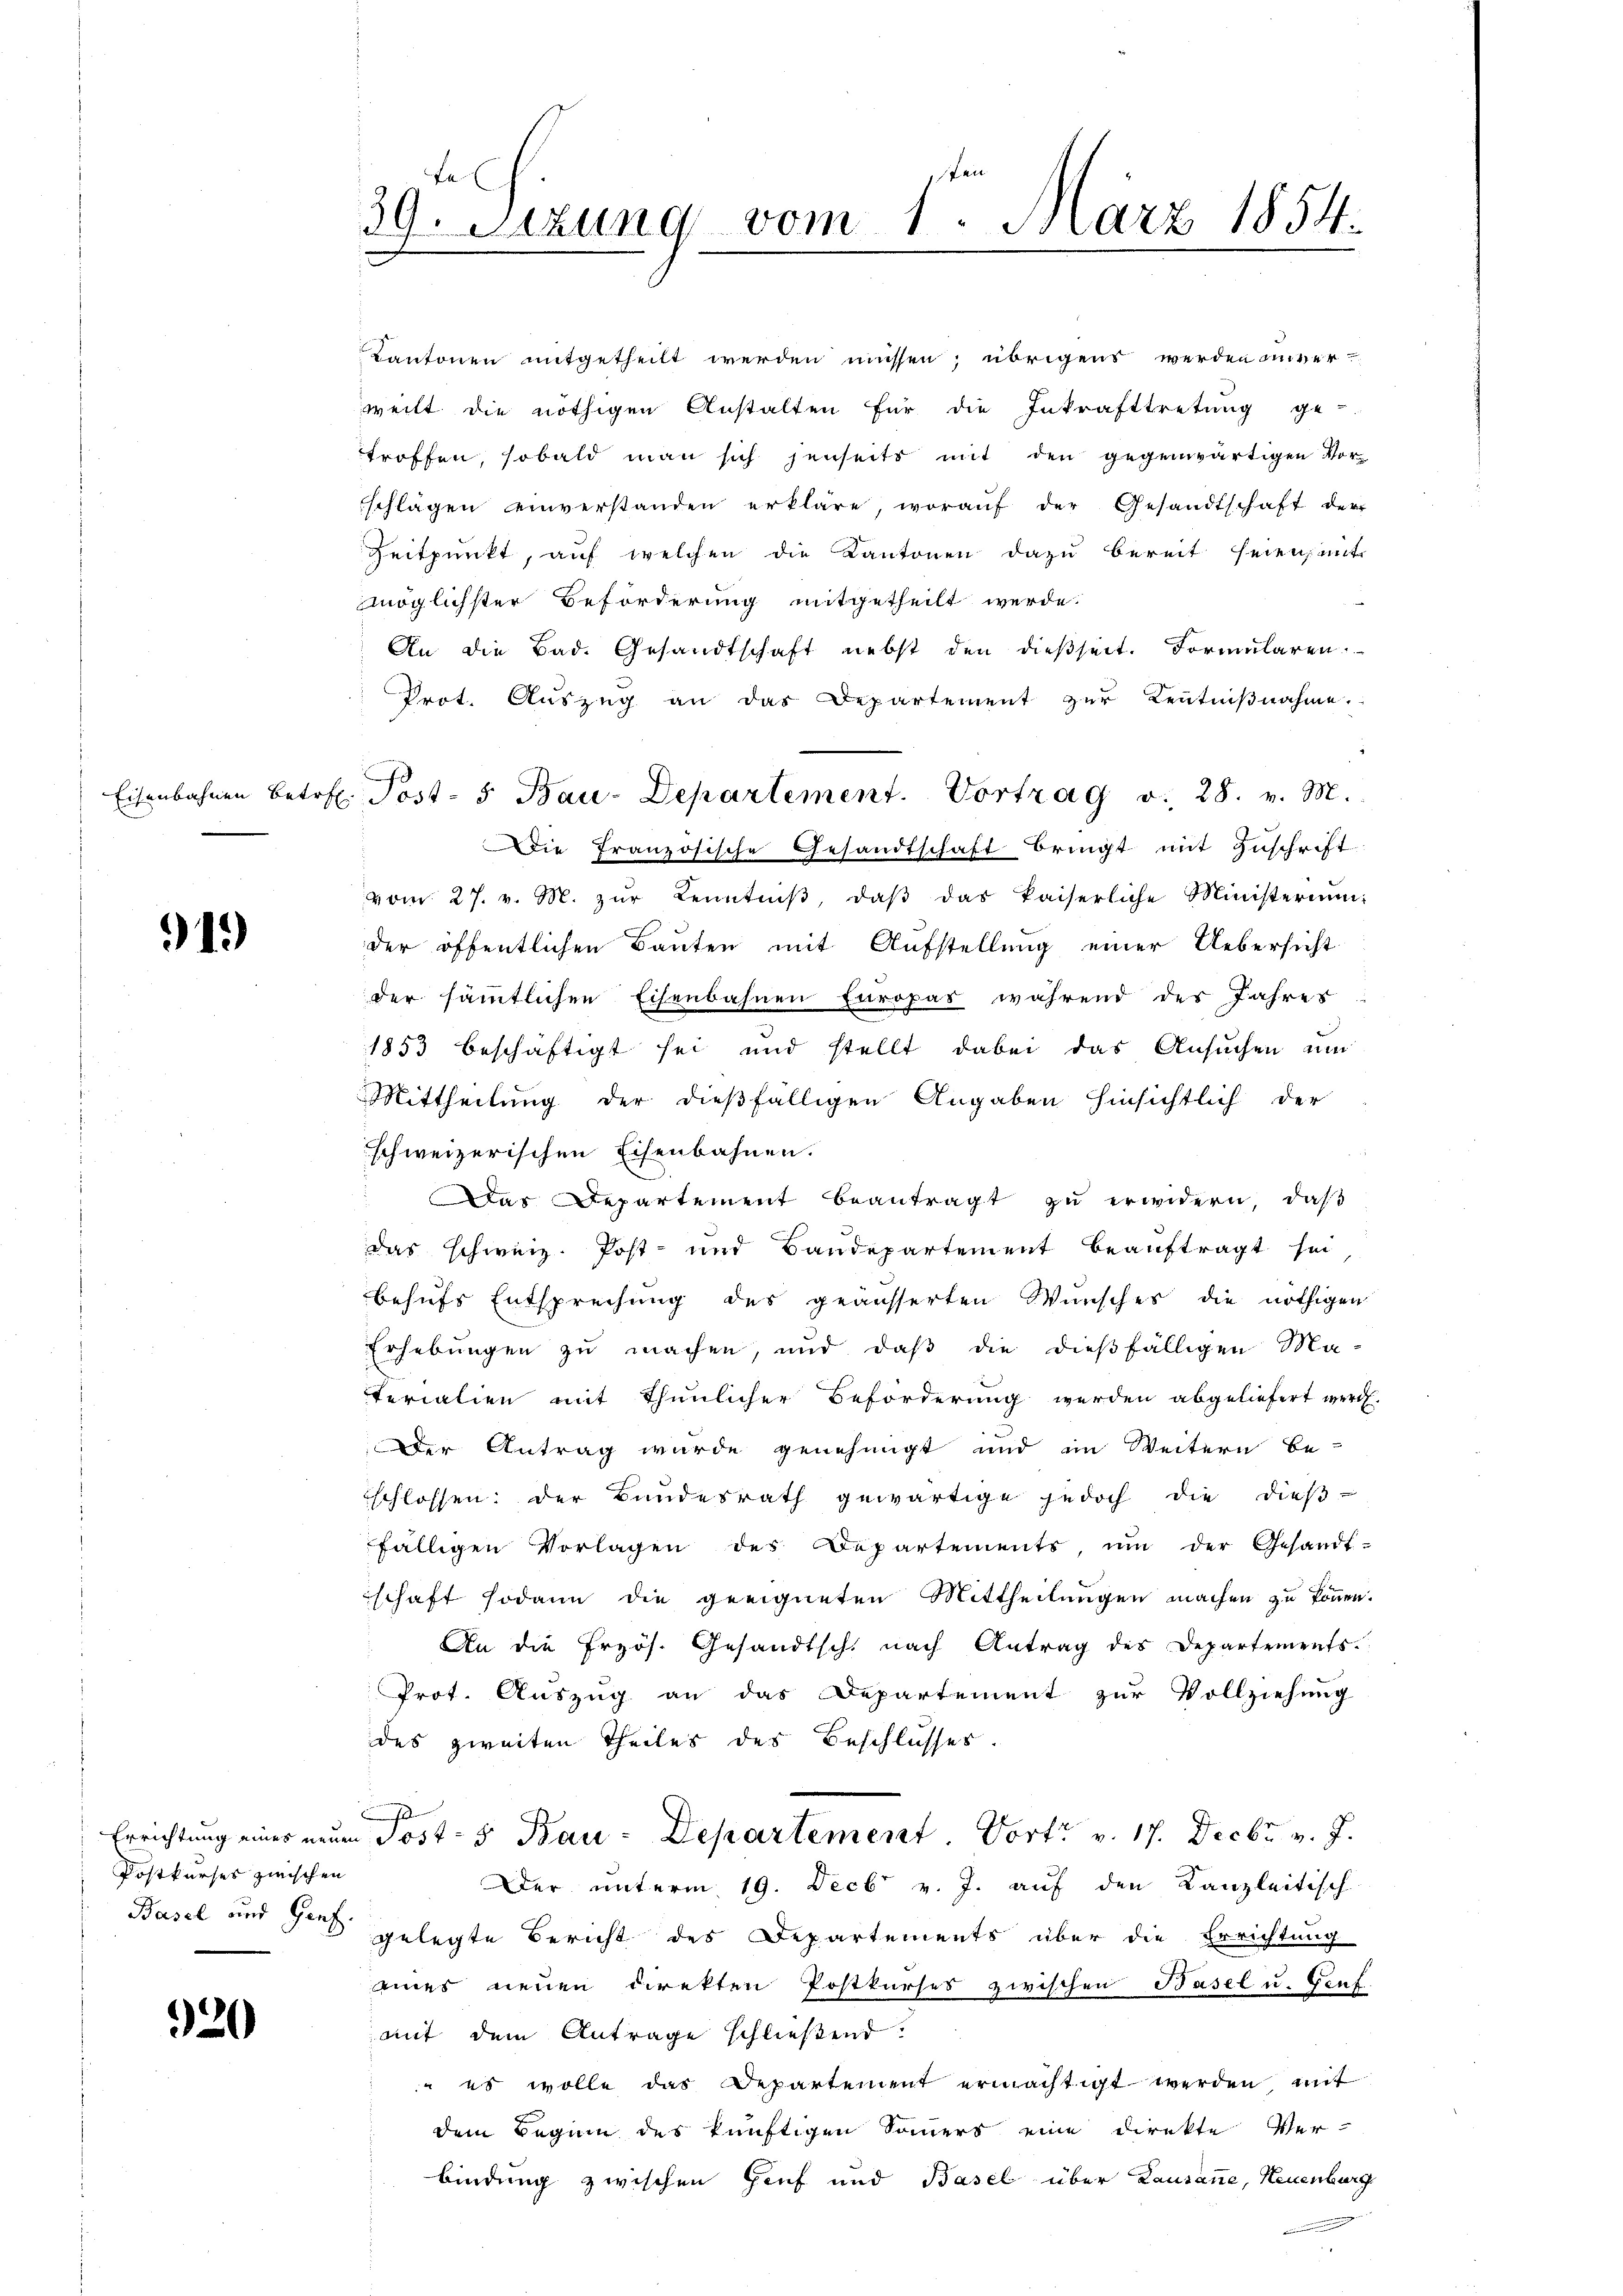
Eisenbahnen betr.

919)

Postkurses zwischen
Basel und Genf.

320

La
39. Sizung vom 1. März 1854.

E. Post- 5. Bau-Departement. Vortrag v. 28. v. M.

Kantonen mitgetheilt werden müssen; übrigens werden unverweilt die nöthigen Anstalten für die Inkrafttretung ge-
troffen, sobald man sich jenseits mit den gegenwärtigen Vor-
schlagen einverstanden erkläre, woraŭf der Gesandtschaft der
Zeitpunkt, auf welchen die Kantonen dazu bereit seien ant
möglichster Beförderung mitgetheilt werde.
An die Bad. Gesandtschaft nebst den dießseit. Formularen.
Prot. Auszug an das Departement zur Kenntnißnahme.
Die Französische Gesandtschaft bringt mit Zuschrift
vom 27. v. M. zŭr Kenntniβ, daβ das kaiserliche Ministerium
der öffentlichen Bauten mit Aufstellung einer Uebersicht
der sämmtlichen Eisenbahnen Europas während des Jahres
r
1853 beschäftigt sei und stellt dabei das Ansuchen um
Mittheilung der dießfälligen Angaben hinsichtlich der
schweizerischen Eisenbahnen.
Das Departement beantragt zu erwidern, daß
das schweiz. Post- und Baudepartement beauftragt sei
behufs Entsprechung des geäusserten Wunsches die nöthigen
Erhebungen zu machen, und daß die dießfälligen Ma-
terialien mit thunlicher Beförderung werden abgeliefert werde.
Der Antrag wurde genehmigt und im Weitern be-
schlossen: der Bundesrath gewärtige jedoch die dieβ-
fälligen Vorlagen des Departements, um der Gesandt-
schaft sodann die geeigneten Mittheilungen machen zu können.
An die frzös. Gesandtsch nach Antrag des Departements.
Prot. Auszug an das Departement zur Vollziehung
des zweiten Theiles des Beschlusses.
Errichtung eines neuen Post- 5 Bau-Departement Vort v. 17. Decbr. v. J.
Der unterm 19. Decbr v. J. auf den Kanzleitisch
gelegte Bericht des Departements über die Errichtung
eines neuen direkten Postkurses zwischen Basel u. Graf-
mit dem Antrage schließend.
 es wolle das Departement ermächtigt werden mit
dem Beginn des künftigen Sommers eine Direkte Ver-
bindung zwischen Genf und Basel über Lausanne, Neuenburg